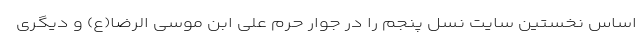
اساس نخستین سایت نسل پنجم را در جوار حرم علی ابن موسی الرضا(ع) و دیگری